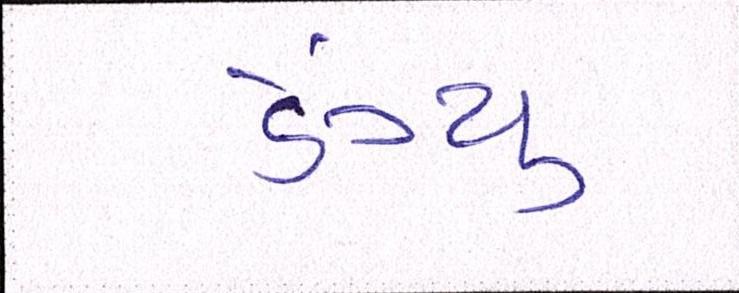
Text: ડેંગ્યુ